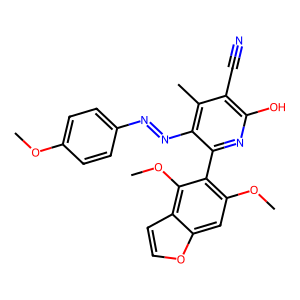
SMILES: COc1ccc(N=Nc2c(-c3c(OC)cc4occc4c3OC)nc(O)c(C#N)c2C)cc1
Inhibits HIV replication: No